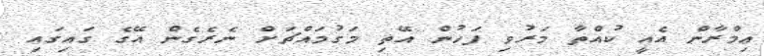
ޢިމްރާން އެއީ ކުއްތާ މަރުވި ފަހުން އޭތި މަގުމައްޗަށް ނެރެގެން އޭގެ ގައިގައި